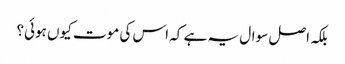
بلکہ اصل سوال یہ ہے کہ اس کی موت کیوں ہوئی؟